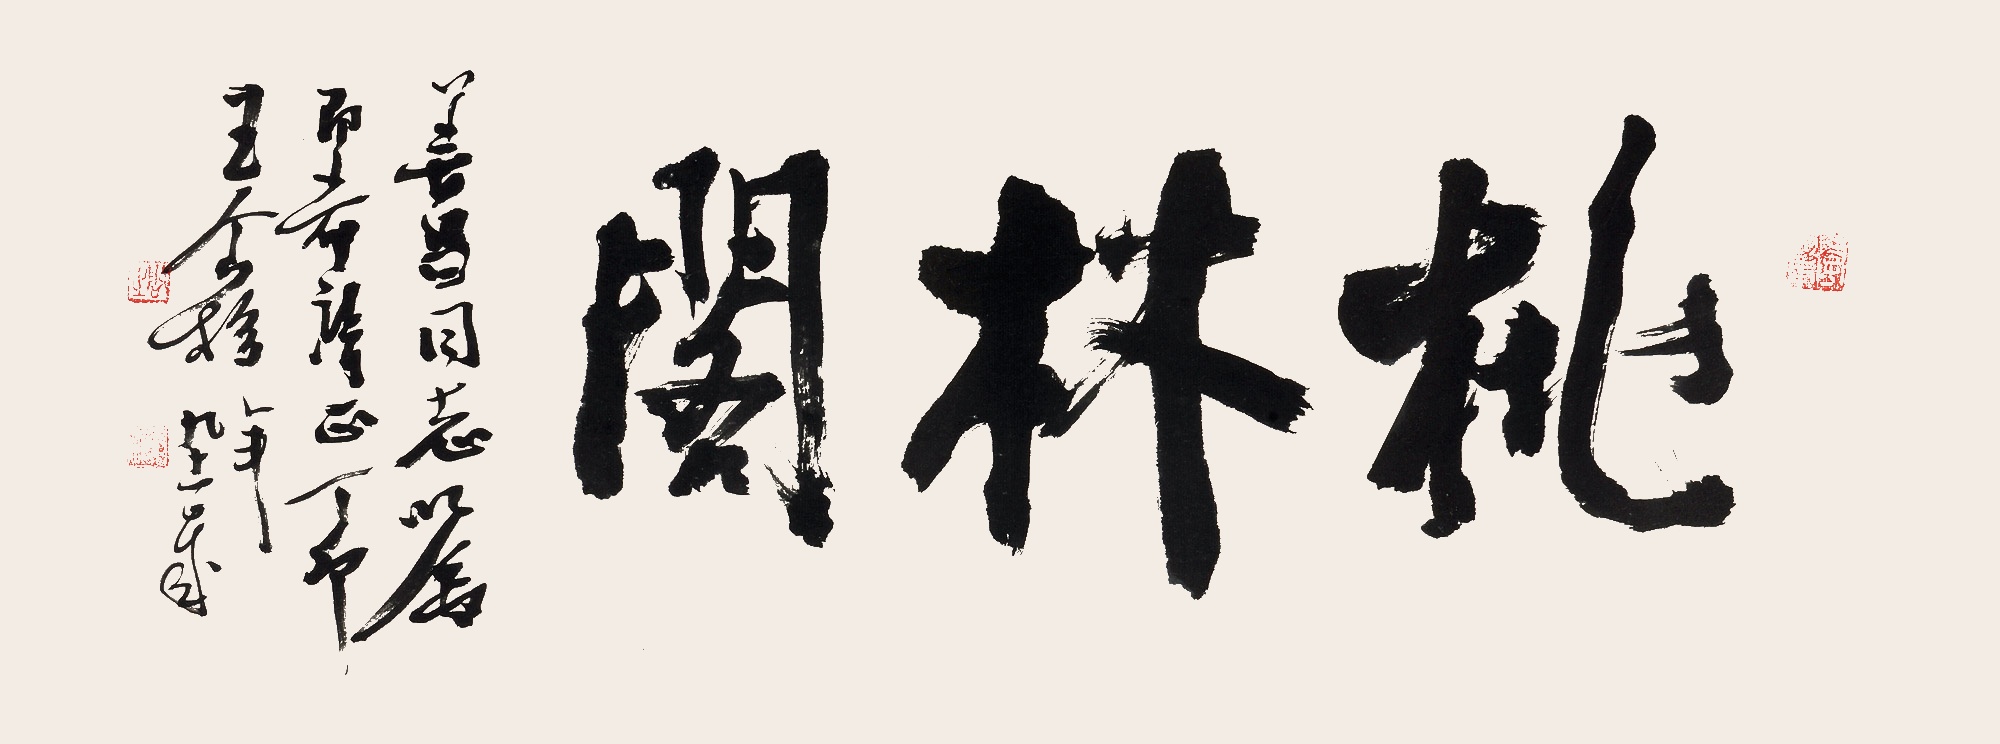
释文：桃林阁善昌同志嘱即希指正，丁卯王个簃年九十一岁。